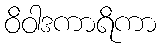
ဝိဝါဒကာရိကာ